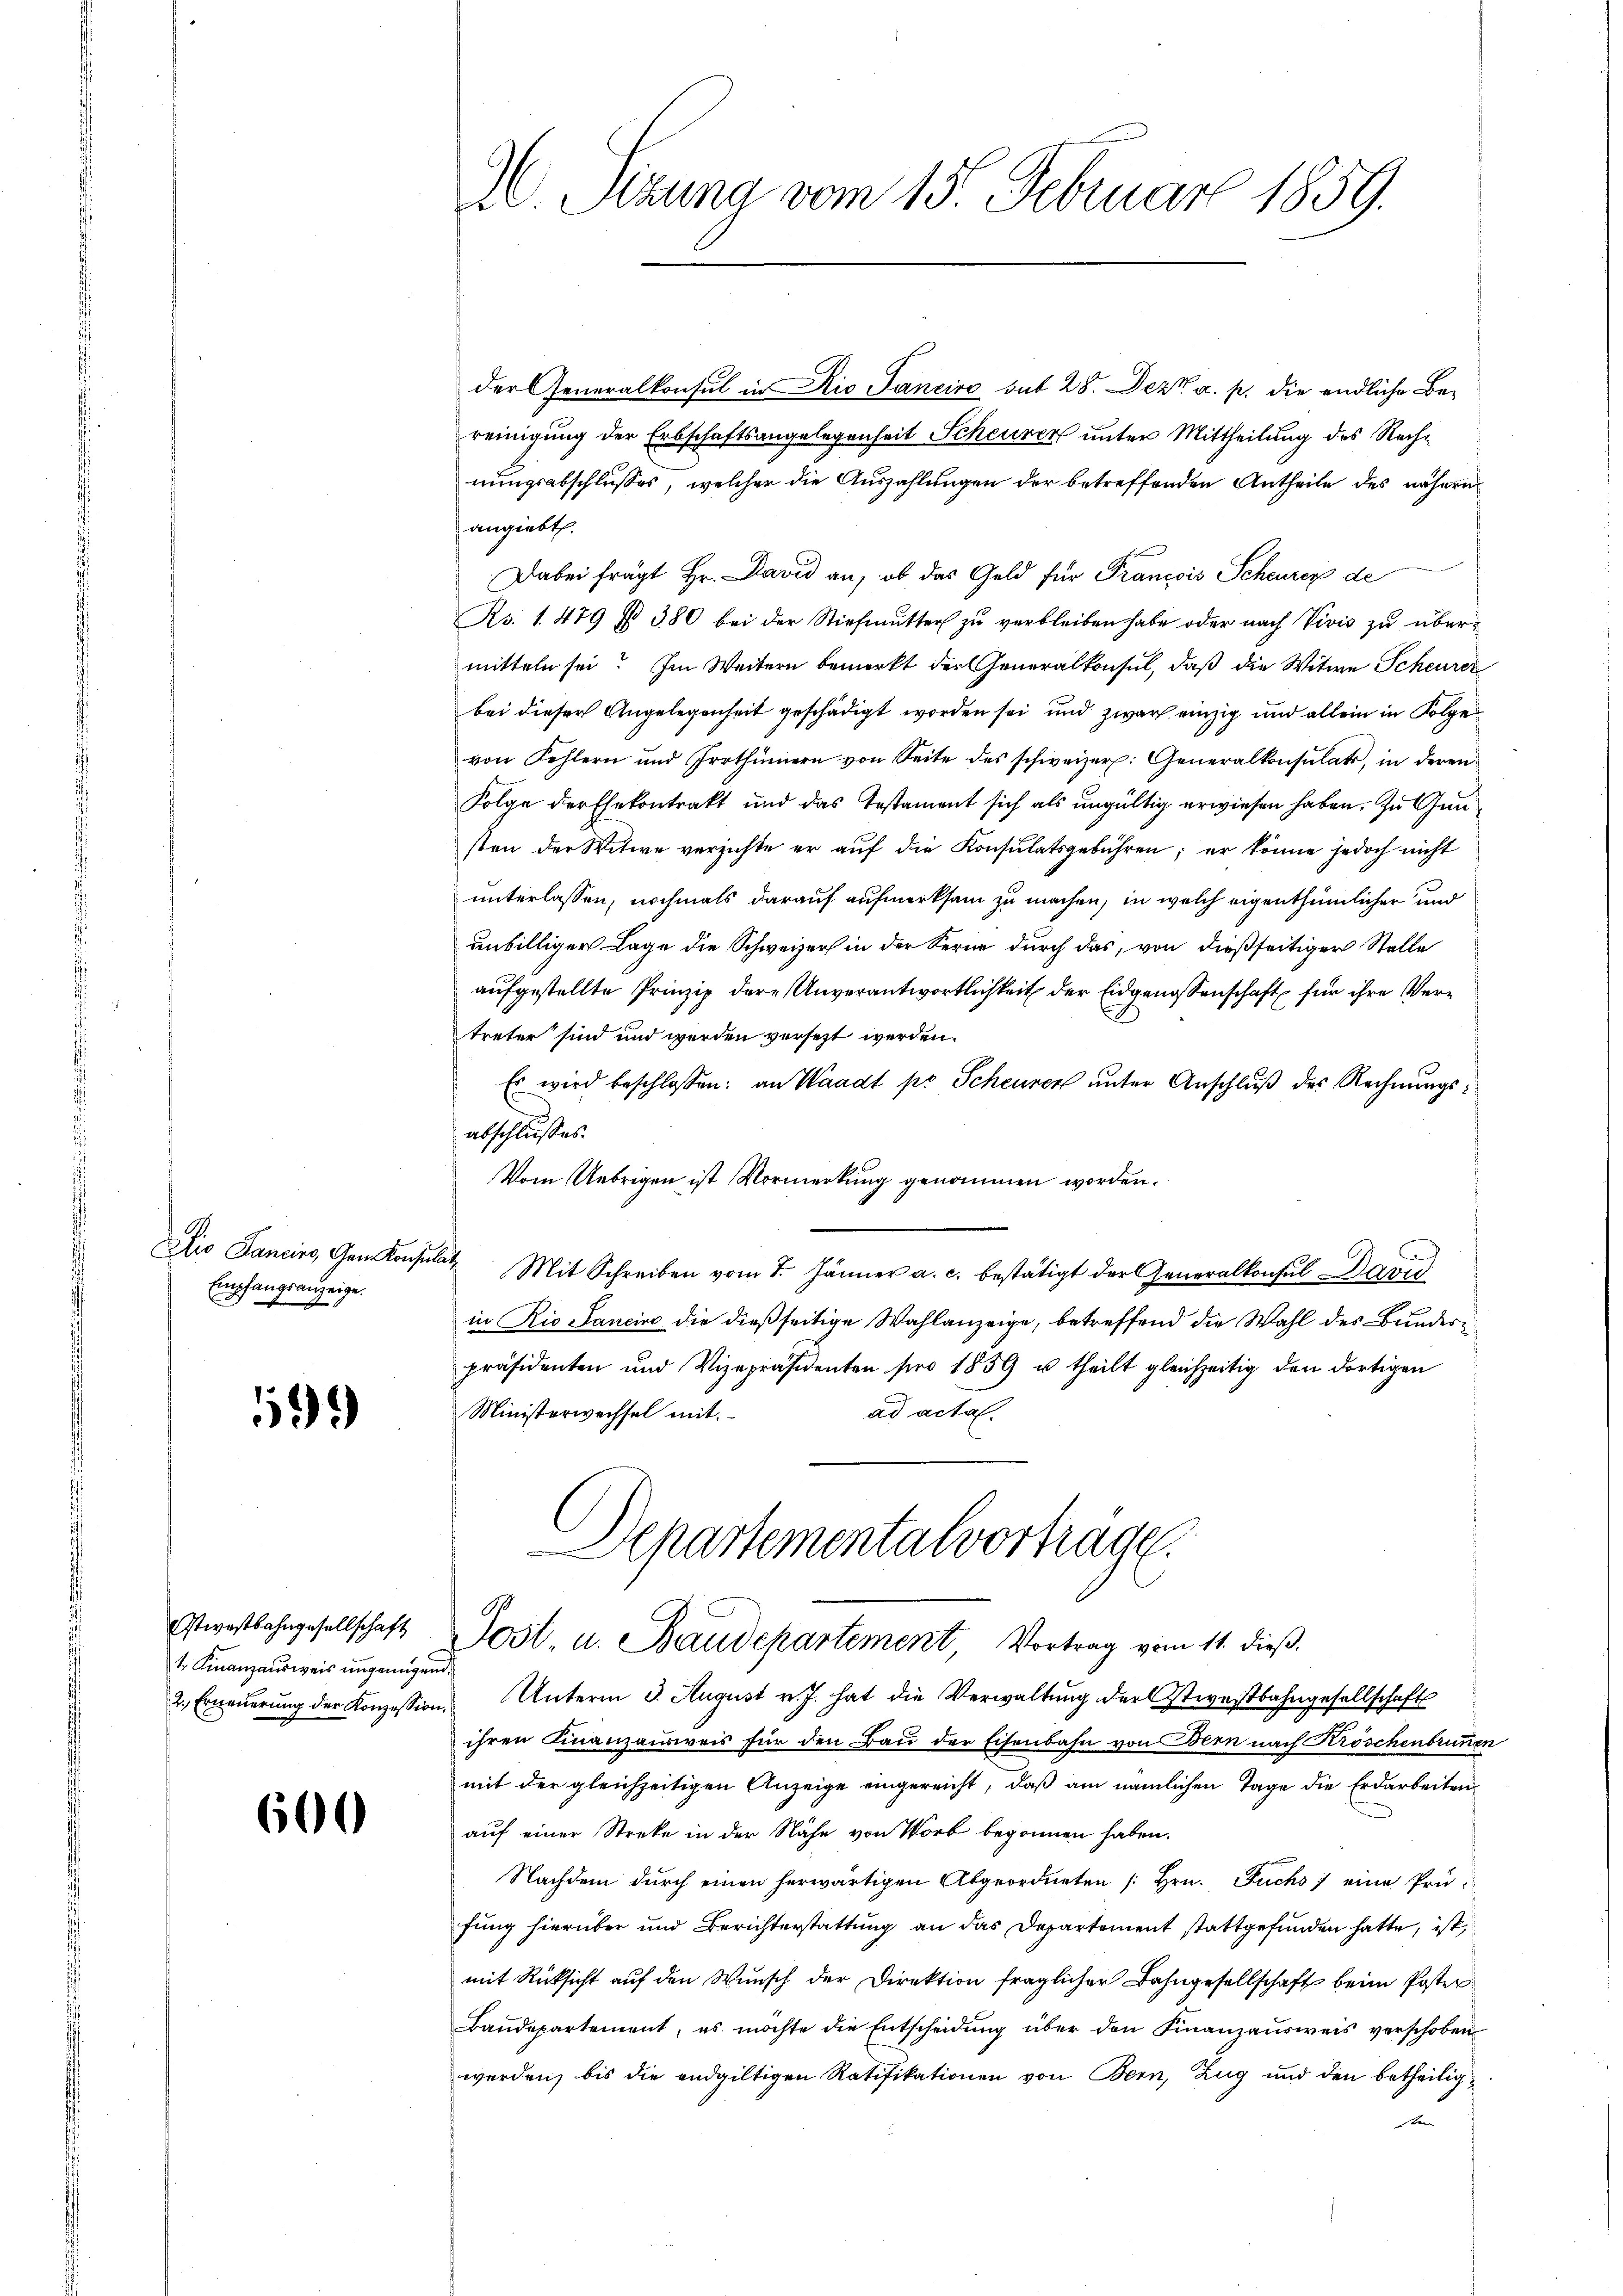
Empfangsanzeige.

1

twostbahngesellschaft
t. Finanzausweis ungenügend

600

A. Sizung vom 15. Februar 1859.

der Generalkonsul in Rio Janeiro sub 28. Dez. a. p. die endliche Bereinigung der Erbschaftsangelegenheit Scheurer unter Mittheilung des Rechnungsabschlusses, welcher die Auszahlungen der betreffenden Antheile des nähern
angiebt.
Dabei frägt Hr. David an, ob das Geld für Francois Scheurer de
Rs. 1. 479 § 380 bei der Stiefmutter zŭ verbleiben habe oder nach Vivis zu übermitteln sei? Im Weitern bemerkt der Generalkonsul, daß die Witwe Scheurer
bei dieser Angelegenheit geschädigt worden sei und zwar einzig und allein in Folge
von Fehlern und Irrthümern von Seite des schweizer. Generalkonsulats, in deren
Folge der Ehekontrakt und das Testament sich als ungültig erwiesen haben. Zu Gunsten der Witwe verzichte er auf die Konsulatsgebühren; er könne jedoch nicht
unterlassen, nochmals darauf aufmerksam zu machen, in welch eigenthümlicher und
unbilliger Lage die Schweizer in der Kerne durch das, von dießseitiger Stelle
aufgestellte Prinzip dere Unverantwortlichkeit der Eidgenossenschaft für ihre Vertreter sind und werden versezt werden.
Es wird beschlossen: an Waadt pr. Scheurer ŭnter Anschlŭβ des Rechnungsabschlusses.
Vom Uebrigen ist Vormerkung genommen worden.
C
Dio Sancirs, Gem Konsulat Mit Schreiben vom 7. Jänner a. c. bestätigt der Generalkonsul David
in Rio Sancire die dießseitige Wahlanzeige, betreffend die Wahl des Bundes
präsidenten und Vizepräsidenten pro 1859 u theilt gleichzeitig den dortigen
Ministerwechsel mit
ad acta.
Aepartementalvorträge.
Jost, u. Baudepartement, Vortrag vom 11. dieβ.
2. Erneŭerŭng der Konzession Unterm 3. August v. J. hat die Verwaltŭng dersweistbahngesellschaft
ihren Finanzausweis für den Bau der Eisenbahn von Bern nach Kröschenbrunnen
mit der gleichzeitigen Anzeige eingereicht, daß am nämlichen Tage die Erdarbeiten
auf einer Streke in der Nähe von Worb begonnen haben.
Nachdem durch einen herwärtigen Abgeordneten /: Hrn. Fuchs eine Prüfung hierüber und Berichterstattung an das Departement stattgefunden hatte, ist,
mit Rücksicht auf den Wunsch der Direktion fraglicher Bahngesellschaft beim Poster
Baudepartement, es möchte die Entscheidung über den Finanzausweis verschoben
werden, bis die endgültigen Ratifikationen von Bern, Zug und den betheilig¬
u